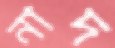
নাদ